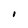
Character: 1